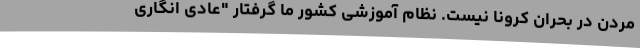
مردن در بحران کرونا نیست. نظام آموزشی کشور ما گرفتار "عادی انگاری